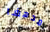
مدهشا